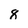
Character: 8